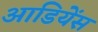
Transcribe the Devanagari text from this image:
आडियेंस